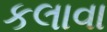
કલાવા